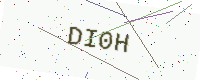
Text: DI0H